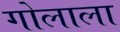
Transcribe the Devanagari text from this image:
गोलाला